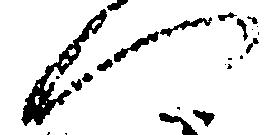
へ